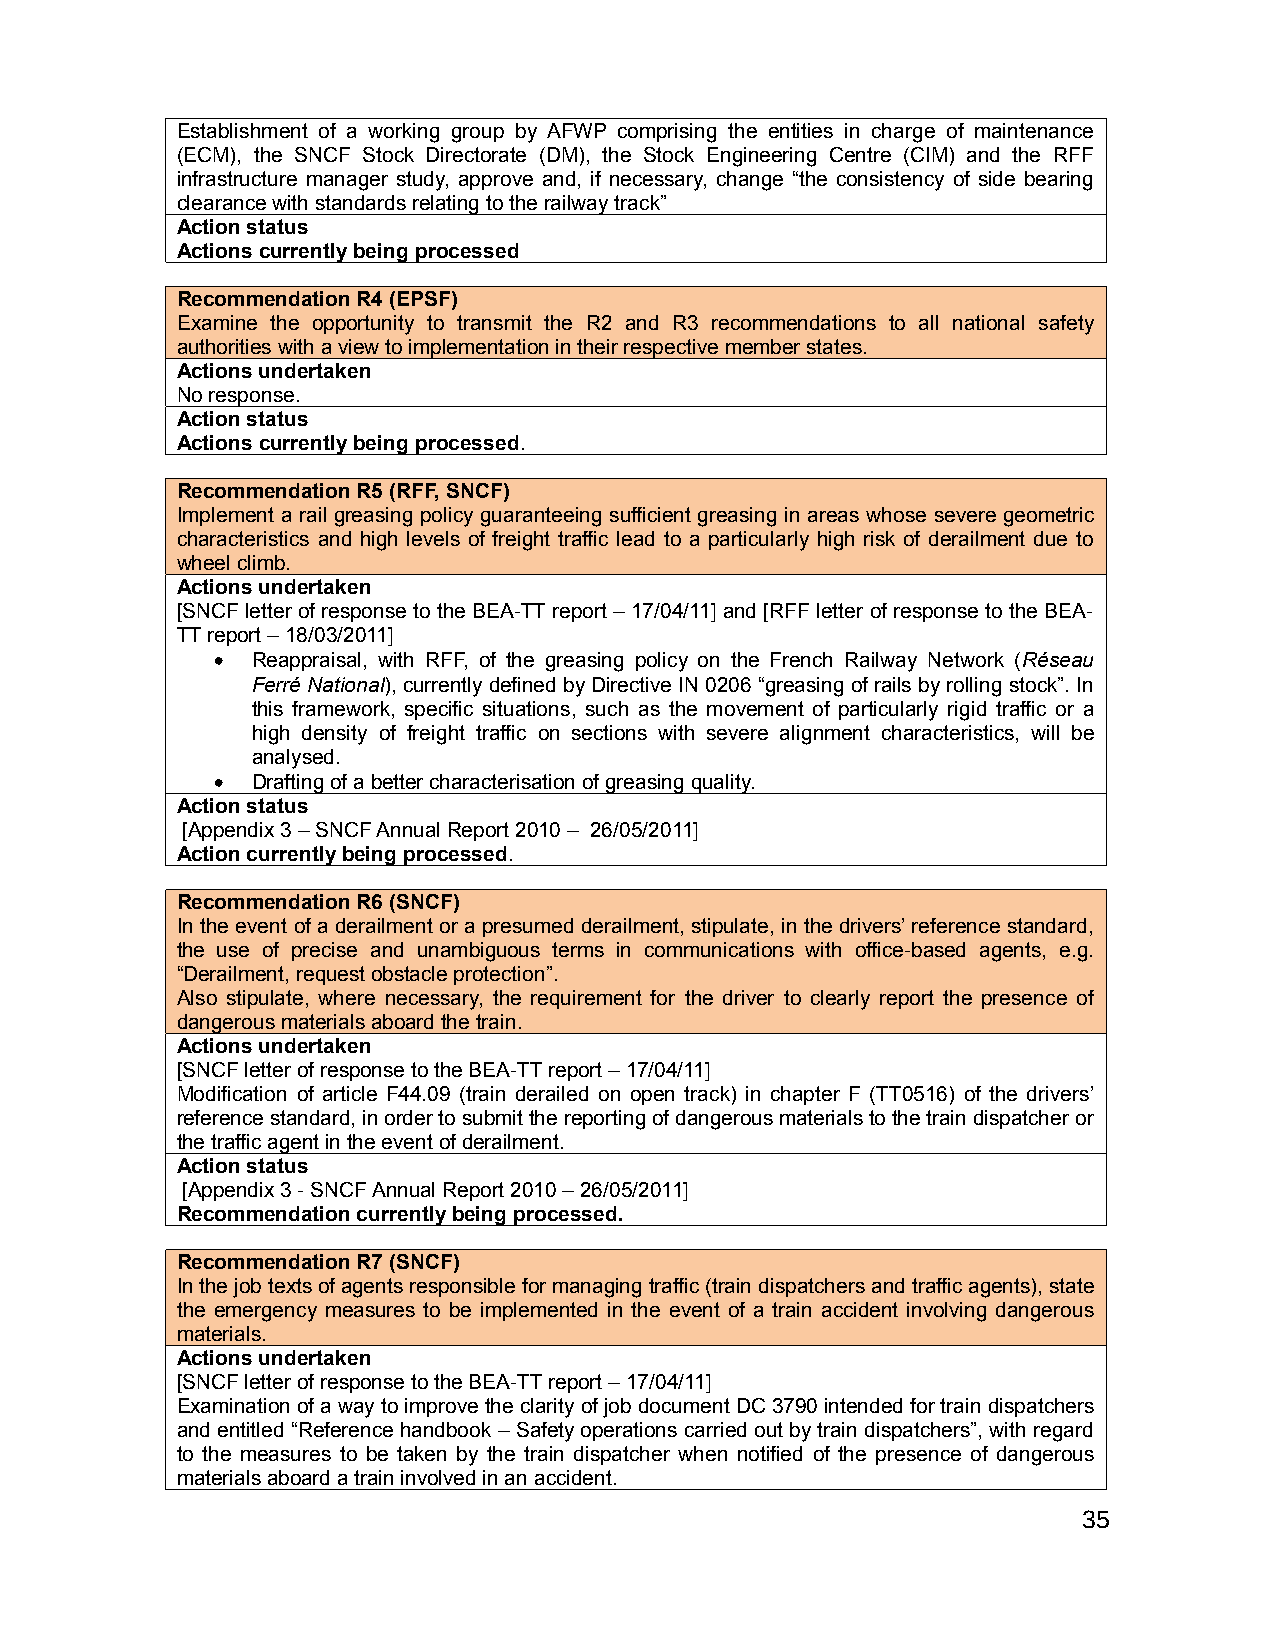
Establishment of a working group by AFWP comprising the entities in charge of maintenance
 (ECM), the SNCF Stock Directorate (DM), the Stock Engineering Centre (CIM) and the RFF
 infrastructure manager study, approve and, if necessary, change “the consistency of side bearing
 clearance with standards relating to the railway track”
 Action status
 Actions currently being processed
 Recommendation R4 (EPSF)
 Examine the opportunity to transmit the R2 and R3 recommendations to all national safety
 authorities with a view to implementation in their respective member states.
 Actions undertaken
 No response.
 Action status
 Actions currently being processed.
 Recommendation R5 (RFF, SNCF)
 Implement a rail greasing policy guaranteeing sufficient greasing in areas whose severe geometric
 characteristics and high levels of freight traffic lead to a particularly high risk of derailment due to
 wheel climb.
 Actions undertaken
 [SNCF letter of response to the BEA-TT report – 17/04/11] and [RFF letter of response to the BEA-
 TT report – 18/03/2011]
 •  Reappraisal, with RFF, of the greasing policy on the French Railway Network (Réseau
 Ferré National), currently defined by Directive IN 0206 “greasing of rails by rolling stock”. In
 this framework, specific situations, such as the movement of particularly rigid traffic or a
 high density of freight traffic on sections with severe alignment characteristics, will be
 analysed.
 •  Drafting of a better characterisation of greasing quality.
 Action status
 [Appendix 3 – SNCF Annual Report 2010 – 26/05/2011]
 Action currently being processed.
 Recommendation R6 (SNCF)
 In the event of a derailment or a presumed derailment, stipulate, in the drivers’ reference standard,
 the use of precise and unambiguous terms in communications with office-based agents, e.g.
 “Derailment, request obstacle protection”.
 Also stipulate, where necessary, the requirement for the driver to clearly report the presence of
 dangerous materials aboard the train.
 Actions undertaken
 [SNCF letter of response to the BEA-TT report – 17/04/11]
 Modification of article F44.09 (train derailed on open track) in chapter F (TT0516) of the drivers’
 reference standard, in order to submit the reporting of dangerous materials to the train dispatcher or
 the traffic agent in the event of derailment.
 Action status
 [Appendix 3 - SNCF Annual Report 2010 – 26/05/2011]
 Recommendation currently being processed.
 Recommendation R7 (SNCF)
 In the job texts of agents responsible for managing traffic (train dispatchers and traffic agents), state
 the emergency measures to be implemented in the event of a train accident involving dangerous
 materials.
 Actions undertaken
 [SNCF letter of response to the BEA-TT report – 17/04/11]
 Examination of a way to improve the clarity of job document DC 3790 intended for train dispatchers
 and entitled “Reference handbook – Safety operations carried out by train dispatchers”, with regard
 to the measures to be taken by the train dispatcher when notified of the presence of dangerous
 materials aboard a train involved in an accident.
 35